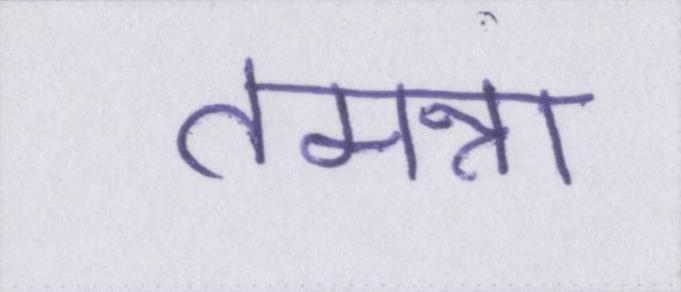
तमन्ना